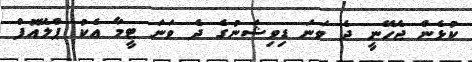
ކުޅެން ޖެހޭނީ ދެ ވަނަ ޑިވިޝަނުގެ ދެ ވަނަ ޓީމާ އެކު ޕްލޭއޮފް